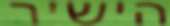
הישיר